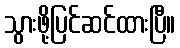
သွားဖို့ပြင်ဆင်ထားပြီ။